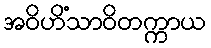
အဝိဟိံသာဝိတက္ကာယ